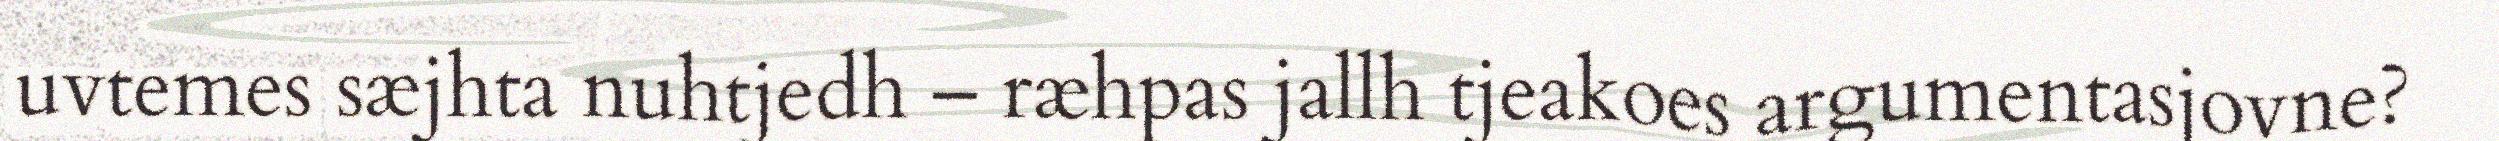
uvtemes sæjhta nuhtjedh – ræhpas jallh tjeakoes argumentasjovne?